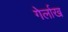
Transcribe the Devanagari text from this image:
गेर्लाख